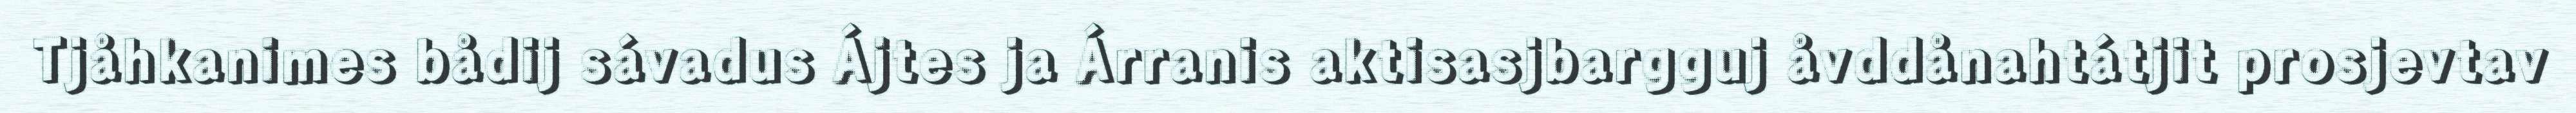
Tjåhkanimes bådij sávadus Ájtes ja Árranis aktisasjbargguj åvddånahtátjit prosjevtav